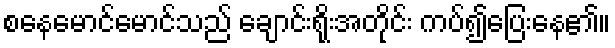
စနေမောင်မောင်သည် ချောင်းရိုးအတိုင်း ကပ်၍ပြေးနေ၏။